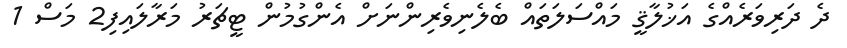
ދެ ދަރިވަރެއްގެ އަޚުލާޤީ މައްސަލަތައް ބެލެނިވެރިންނަށް އެންގުމުން ޓީޗަރު މަރާލައިފި2 މަސް 1